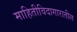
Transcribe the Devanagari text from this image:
माहितीविदागारातील